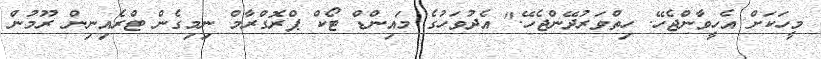
މީހަކަށް އެހީވާންޖެހޭ. ހިތްވަރުދޭންޖެހޭ." އެދުވަހުގެ މައިންޑް ޓޯކް ޕްރޮގްރާމް ނިމިގެން ޓްރެއިނިން ރޫމުން